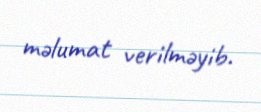
məlumat verilməyib.